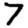
Digit: 7